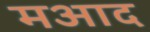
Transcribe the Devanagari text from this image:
मआद